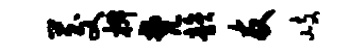
茭椒梵韵友岐